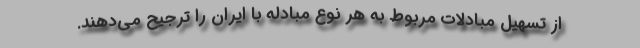
از تسهیل مبادلات مربوط به هر نوع مبادله با ایران را ترجیح می‌دهند.